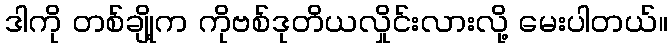
ဒါကို တစ်ချို့က ကိုဗစ်ဒုတိယလှိုင်းလားလို့ မေးပါတယ်။